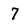
Character: 7